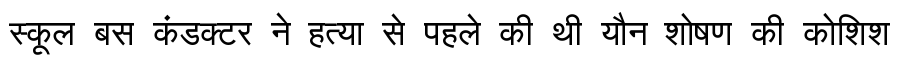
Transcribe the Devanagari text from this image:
स्कूल बस कंडक्टर ने हत्या से पहले की थी यौन शोषण की कोशिश